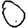
Digit: 0